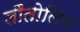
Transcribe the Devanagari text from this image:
लौतोलिम